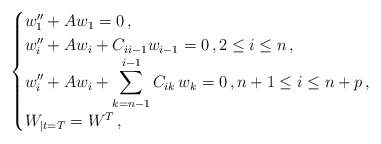
\begin{align*}\begin{cases}w_1^{\prime\prime} + A w_1 = 0 \,,\\w_i^{\prime\prime} + A w_i+ C_{i i-1}w_{i-1} = 0 \,, 2 \le i \le n \,, \\\displaystyle{w_{i}^{\prime\prime} + A w_{i}+ \sum_{k=n-1}^{i-1} C_{i k}\,w_k =0 \,, n+1 \le i \le n+p \,,}\\W_{|t=T}=W^T \,,\end{cases}\end{align*}